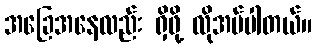
အခြေအနေလည်း ရှိဖို့ လိုအပ်ပါတယ်။